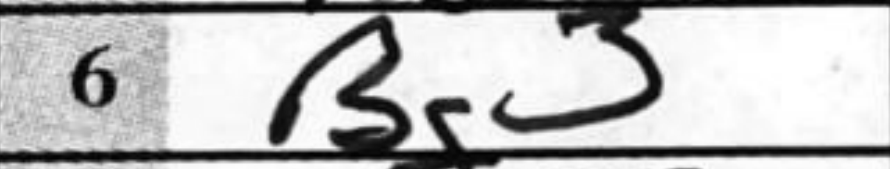
Transcription: Bg3